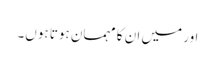
اور میں ان کا مہمان ہوتا ہوں۔